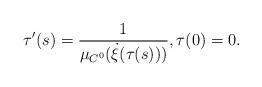
LaTeX: \begin{align*}\tau'(s) = \frac{1}{\mu_{C^0}(\dot{\xi}(\tau(s)))} , \tau(0)=0.\end{align*}